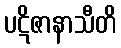
ပဋိဇာနာသီတိ